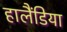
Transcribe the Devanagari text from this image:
हालैंडिया